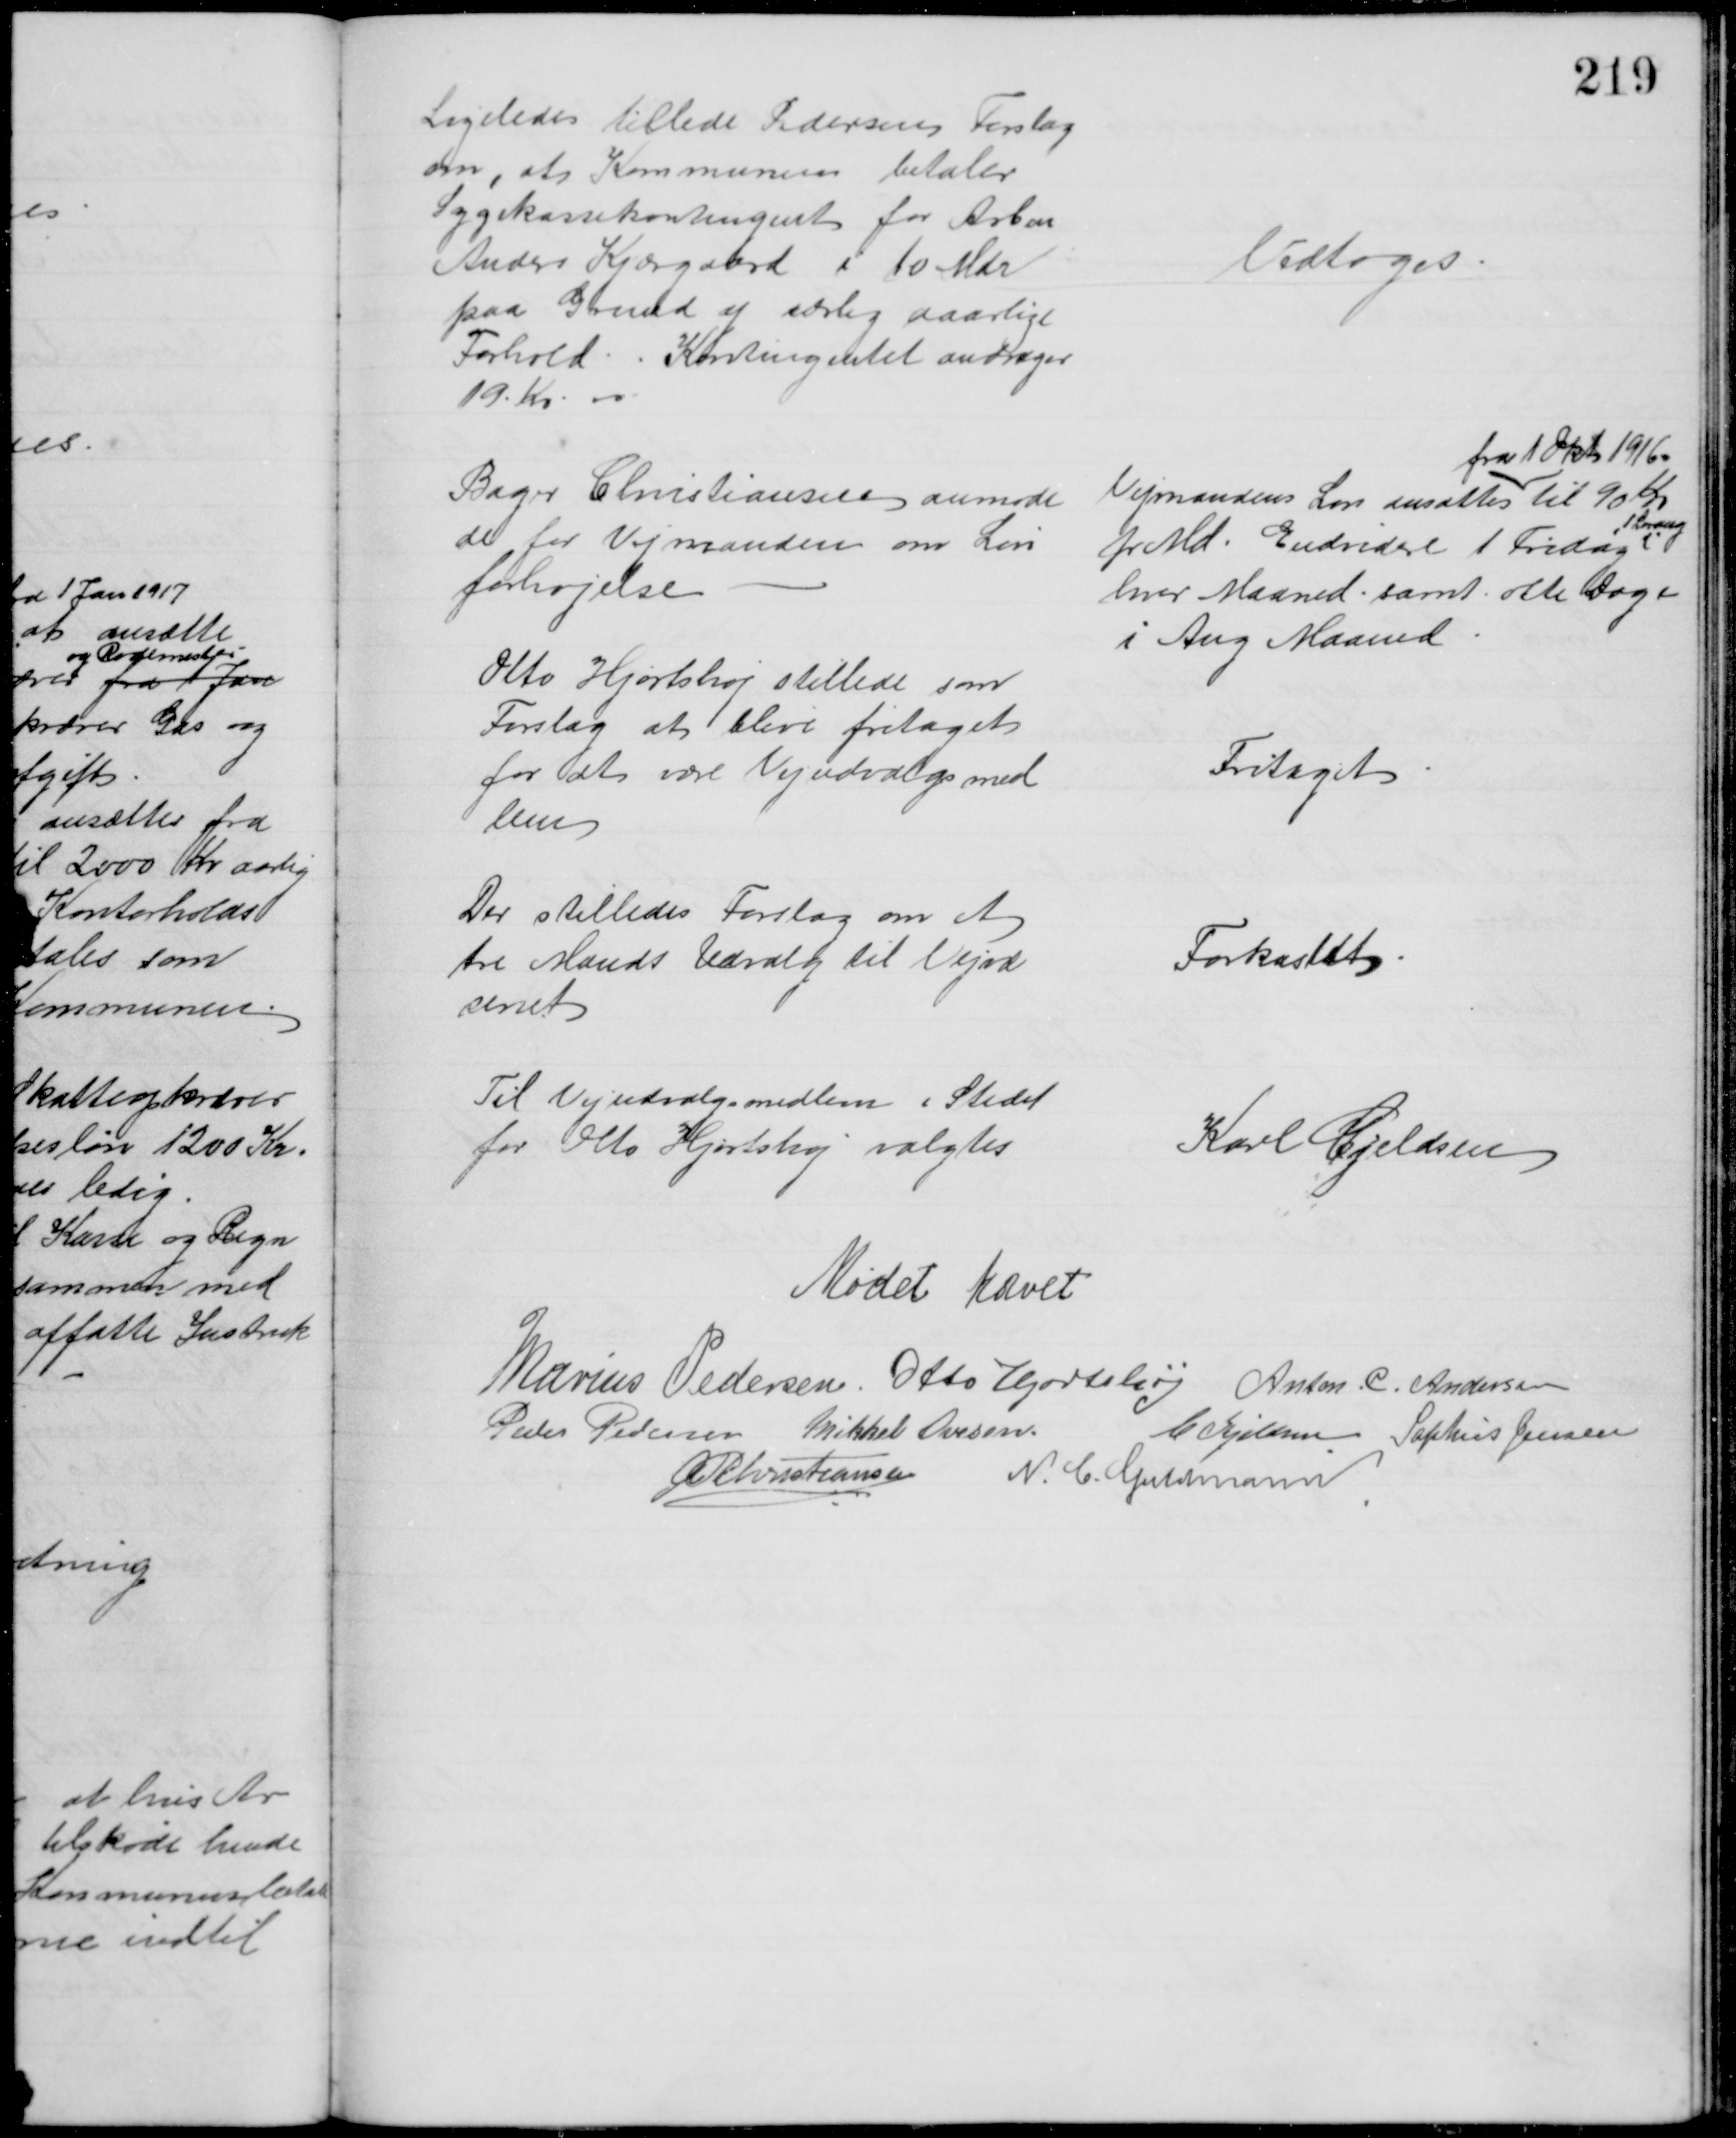
Transskription:
Ligeledes tillede Pedersen Forslag
om, at Kommunen betaler
Sygekassekontingent for Arbm
Anders Kjærgaard i 10 Mdr
paa Grund af særlig daarlige
Forhold. Kontingentet andrager
19 Kr. 00
Vedtoges.
Bager Christiansen anmode
de for Vejmanden om Løn
forhøjelse
Vejmandens Løn ansattes 
fra 1 Okt. 1916.
til 90 Kr
pr Md. Endvidere 1 Fridag i
1 Lørdag
hver Maaned samt otte Dage 
i Aug Maaned
Otto Hjortshøj stillede som
Forslag at blive fritaget
for at være Vejudvalgsmed
lem
Fritaget
Der stilledes Forslag om et
tre Mands Udvalg til Vejvæ
senet
Forkastet
Til Vejudvalgsmedlem i Stedet
for Otto Hjortshøj valgtes
Karl Kjeldsen
Mødet hævet
Marius Pedersen. Otto Hjortshøj Anton. C. Andersen
Peder Pedersen Mikkel Ovesen.
C Kjeldsen Sophus Jensen
A P Christiansen N. C. Guldmann